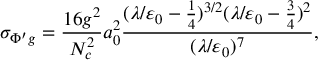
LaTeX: \sigma _ { \Phi ^ { \prime } g } = \frac { 1 6 g ^ { 2 } } { N _ { c } ^ { 2 } } a _ { 0 } ^ { 2 } \frac { ( \lambda / \varepsilon _ { 0 } - \textstyle \frac 1 4 ) ^ { 3 / 2 } ( \lambda / \varepsilon _ { 0 } - \textstyle \frac 3 4 ) ^ { 2 } } { ( \lambda / \varepsilon _ { 0 } ) ^ { 7 } } ,